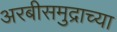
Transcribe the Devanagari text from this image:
अरबीसमुद्राच्या